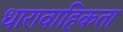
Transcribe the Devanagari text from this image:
धारावाहिकता